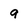
Character: 9